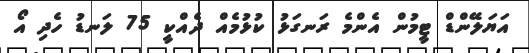
އަޔަލޭންޑް ޓީމުން އެންމެ ރަނގަޅު ކުޅުމެއް ދެއްކީ 75 ލަނޑު ހެދި އޯ